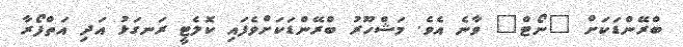
ބްރޭންޑަކަށް "ނޯޓް" ވާނެ އެވެ. މަޝްހޫރު ބްރޭންޑަކަށްވެފައި ކޮލެޓީ ރަނގަޅު އަދި އަތްފޯރާ